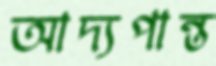
আদ্যপান্ত